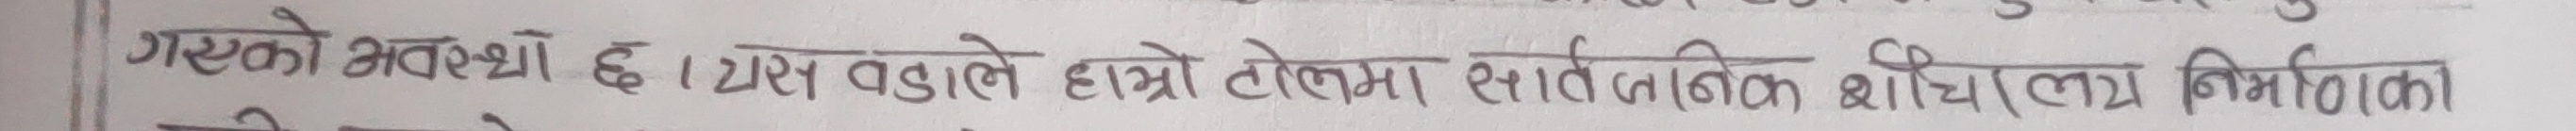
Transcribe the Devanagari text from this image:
गरेको अवस्था छ । यस वडाले हाम्रो टोलमा सार्वजनिक शौचालय निर्माणका